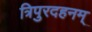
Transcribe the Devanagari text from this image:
त्रिपुरदहनम्